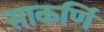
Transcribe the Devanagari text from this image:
साकर्णि